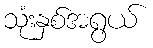
သုံးနှစ်အရွယ်